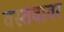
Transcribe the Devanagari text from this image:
वस्तवावर